Leaving Certificate Examination (including Day School Certificate (Higher) General paper), 1933
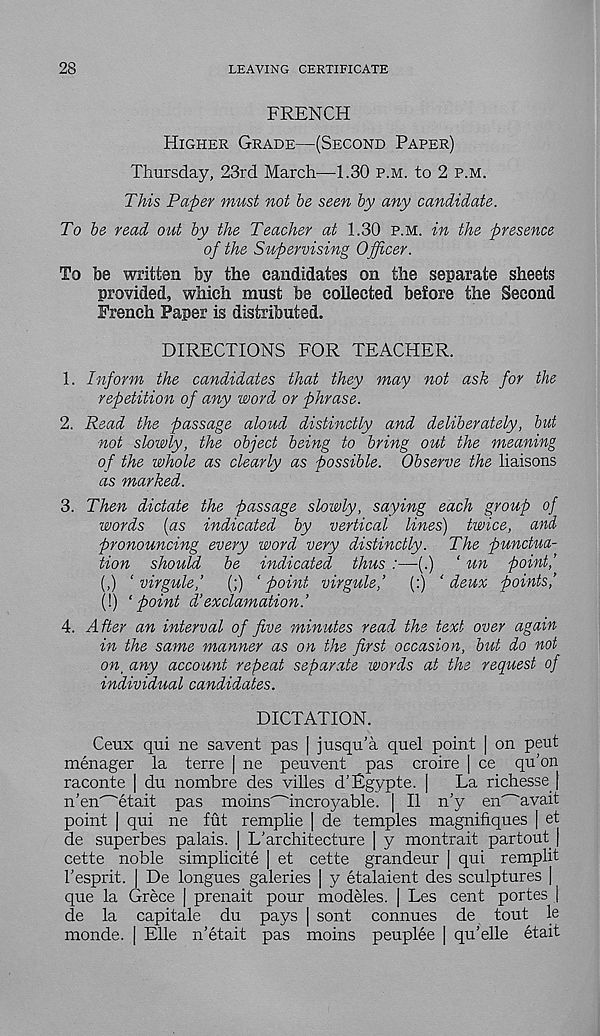
28
LEAVING CERTIFICATE
FRENCH
HIGHER GRADE—(SECOND PAPER)
Thursday, 23rd March—-1.30 P.M. to 2 P.M.
This Paper must not be seen by any candidate.
To be read out by the Teacher at 1.30 P.M. in the presence
of the Supervising Officer.
To be written by the candidates on the separate sheets
provided, which must be collected before the Second
French Paper is distributed.,
DIRECTIONS FOR TEACHER.
1. Inform the candidates that they may not ask for the
repetition of any word or phrase.
2. Read the passage aloud distinctly and deliberately, but
not slowly, the object being to bring out the meaning
of the whole as clearly as possible. Observe the liaisons
as marked.
3. Then dictate the passage slowly, saying each group of
words (as indicated by vertical lines) twice, and
pronouncing every word very distinctly. The punctua-
tion should be indicated thus :—-(.) ‘ tin point,’
(,) ‘ virgule,’ (;) ‘point virgule,’ (:) ‘deux points,’
(!) ‘point d’exclamation.’
4. After an interval of five minutes read the text over again
in the same manner as on the first occasion, but do not
on, any account repeat separate words at the request of
individual candidates.
DICTATION.
Ceux qui ne savent pas | jusqu'a quel point | on pent
menager la terre | ne peuvent pas croire | ce qu’on
raconte | du nombre des villes d’Egypte. | La richesse |
n’en"~'etait pas moins'~incroyable. | II n'y en^avait
point | qui ne fut remplie | de temples magnifiques | et
de superbes palais. | L’architecture | y montrait partout |
cette noble simplicite | et cette grandeur | qui remplit
Tesprit. | De longues galeries | y etalaient des sculptures |
que la Grece | prenait pour modeles. | Les cent portes |
de la capitale du pays [ sont connues de tout le
monde. | Elle n’etait pas moins peuplee | qu’elle etait